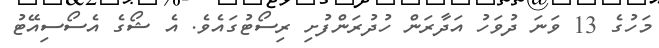
މަހުގެ 13 ވަނަ ދުވަހު އަދާރަން ހުދުރަންފުށި ރިސޯޓުގައެވެ. އެ ޝޯގެ އެސޯސިއޭޓު